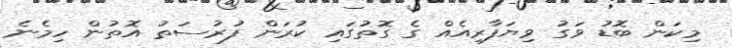
މިކަން ބޮޑު ވަގު ވިޔަފާރިއެއް ގެ ގޮތުގައި ކުރަން ފުރުސަތު އޮތުން ހިމެނެ